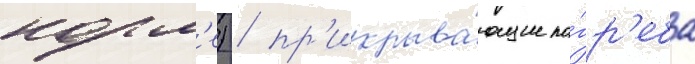
корм'е) / пр'икрыва́ющие по́гр'еба